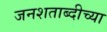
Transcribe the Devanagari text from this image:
जनशताब्दीच्या